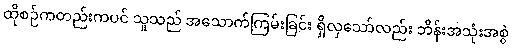
ထိုစဉ်ကတည်းကပင် သူသည် အသောက်ကြမ်းခြင်း ရှိလှသော်လည်း ဘိန်းအသုံးအစွဲ